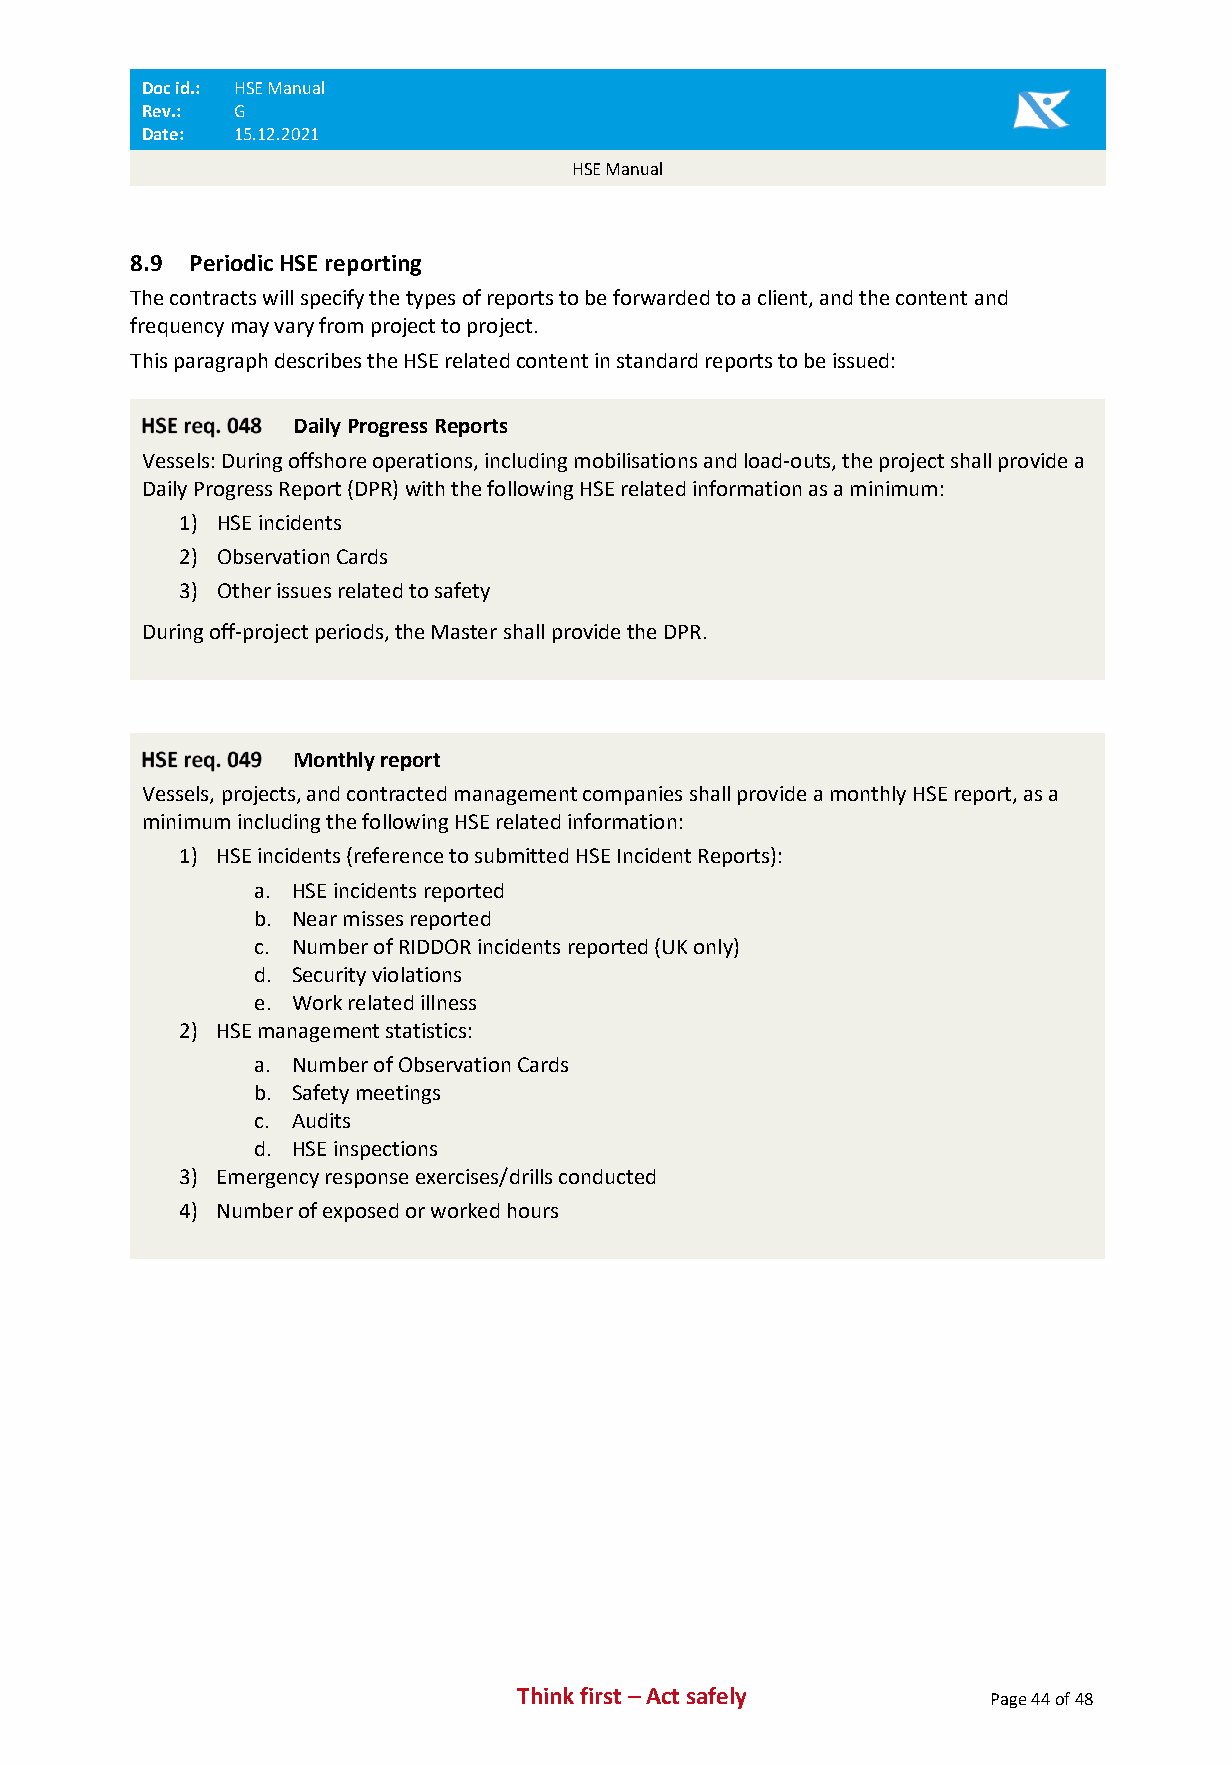
Doc id.: HSE Manual
 Rev.: G
 Date: 15.12.2021
 HSE Manual
 8.9 Periodic HSE reporting
 The contracts will specify the types of reports to be forwarded to a client, and the content and
 frequency may vary from project to project.
 This paragraph describes the HSE related content in standard reports to be issued:
 Daily Progress Reports
 Vessels: During offshore operations, including mobilisations and load-outs, the project shall provide a
 Daily Progress Report (DPR) with the following HSE related information as a minimum:
 1) HSE incidents
 2) Observation Cards
 3) Other issues related to safety
 During off-project periods, the Master shall provide the DPR.
 Monthly report
 Vessels, projects, and contracted management companies shall provide a monthly HSE report, as a
 minimum including the following HSE related information:
 1) HSE incidents (reference to submitted HSE Incident Reports):
 a. HSE incidents reported
 b. Near misses reported
 c. Number of RIDDOR incidents reported (UK only)
 d. Security violations
 e. Work related illness
 2) HSE management statistics:
 a. Number of Observation Cards
 b. Safety meetings
 c. Audits
 d. HSE inspections
 3) Emergency response exercises/drills conducted
 4) Number of exposed or worked hours
 Think first – Act safely       Page 44 of 48